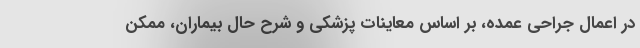
در اعمال جراحی عمده، بر اساس معاینات پزشکی و شرح حال بیماران، ممکن